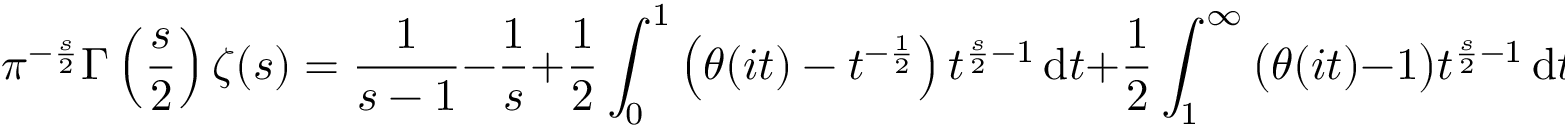
\pi ^ { - { \frac { s } { 2 } } } \Gamma \left( { \frac { s } { 2 } } \right) \zeta ( s ) = { \frac { 1 } { s - 1 } } - { \frac { 1 } { s } } + { \frac { 1 } { 2 } } \int _ { 0 } ^ { 1 } \left( \theta ( i t ) - t ^ { - { \frac { 1 } { 2 } } } \right) t ^ { { \frac { s } { 2 } } - 1 } \, \mathrm { d } t + { \frac { 1 } { 2 } } \int _ { 1 } ^ { \infty } { \bigl ( } \theta ( i t ) - 1 { \bigr ) } t ^ { { \frac { s } { 2 } } - 1 } \, \mathrm { d } t .